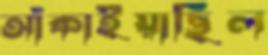
আঁকাইয়াছিল